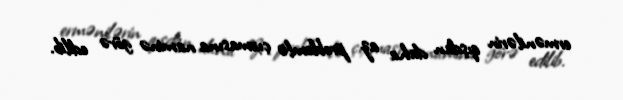
ermənilərin qışdan daha az problemlə çıxmasına naminə görə edilib.